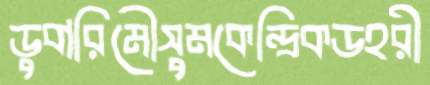
ডুবারিমৌসুমকেন্দ্রিকডহরী